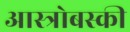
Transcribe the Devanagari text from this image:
आस्त्रोबस्की